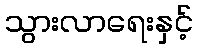
သွားလာရေးနှင့်